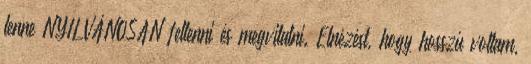
lenne NYILVÁNOSAN feltenni és megvitatni. Elnézést, hogy hosszú voltam,